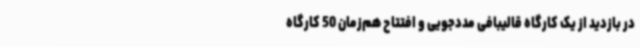
در بازدید از یک کارگاه قالیبافی مددجویی و افتتاح هم‌زمان 50 کارگاه